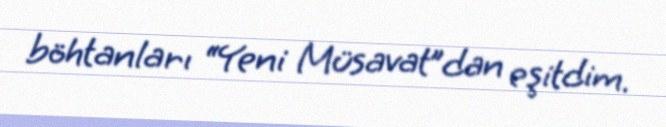
böhtanları “Yeni Müsavat”dan eşitdim.